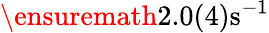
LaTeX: \ensuremath{2.0(4)\mathrm{s}^{-1}}